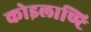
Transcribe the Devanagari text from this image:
कोइलाण्टि